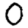
Digit: 0